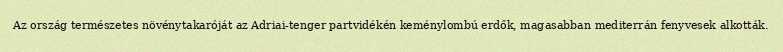
Az ország természetes növénytakaróját az Adriai-tenger partvidékén keménylombú erdők, magasabban mediterrán fenyvesek alkották.